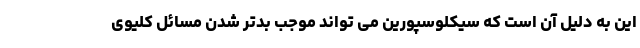
این به دلیل آن است که سیکلوسپورین می تواند موجب بدتر شدن مسائل کلیوی